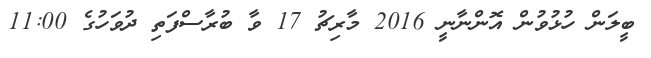
ބީލަން ހުޅުވުން އޮންނާނީ 2016 މާރިޗު 17 ވާ ބުރާސްފަތި ދުވަހުގެ 11:00